Indian Medical Review
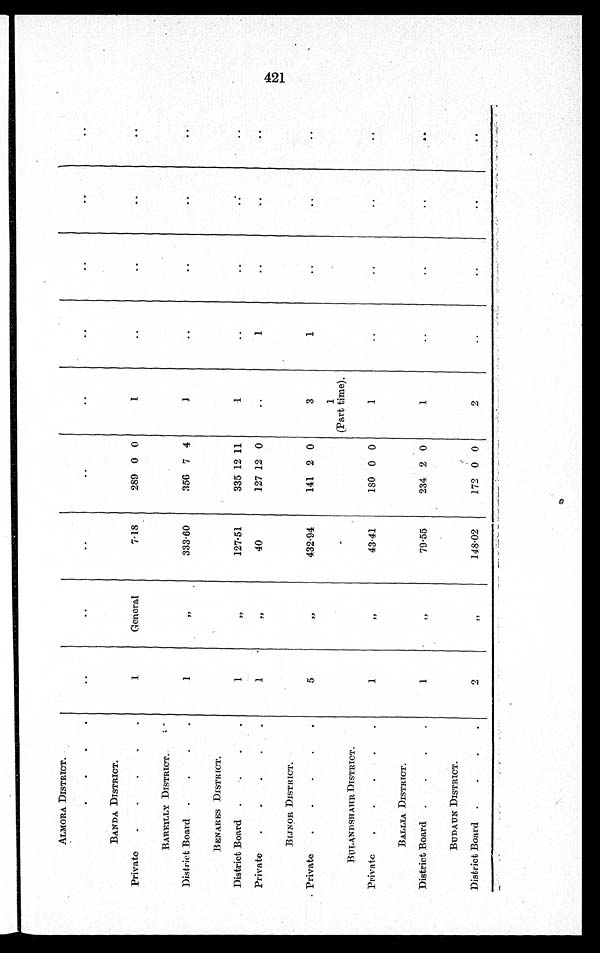
ALMORA DISTRICT.
. . . .
. .
..
..
..
. .
..
..
..
..
BANDA DISTRICT.
P r i v a t e . . . . .
1
G e n e r a l
7 . 1 8
289 0 0
1
..
..
..
..
BAREILLY DISTRICT.
District Board . . . . 1
"
3 3 3 . 6 0
3 5 6 7 4
1
..
..
..
..
BENARES DISTRICT.
D i s t r i c t B o a r d . . . .
1
"
1 2 7 . 5 1
335 12 11
1
..
..
..
..
P r i v a t e . . . . . 1
"
40
1 2 7 1 2 0
. .
1
. .
..
..
BIJNOR DISTRICT.
Private . . . . . 5
"
4 3 2 . 9 4
1 4 1 2 0
3
1
. .
..
..
1
(Part time).
BULAN DSHAHR DISTRICT.
P r i v a t e . . . . .
1
"
4 3 . 4 1
1 8 0 0 0
1
..
. .
. .
..
BALLIA DISTRICT.
District Board . . . .
1
"
7 9 . 5 5
2 3 4 2 0
1
..
. .
. .
..
B U D A U N D I S T R I C T .
District Board . . . .
2
"
1 4 8 . 0 2
1 7 2 0 0
2
..
..
. .
..